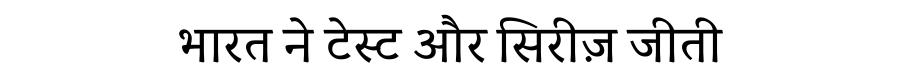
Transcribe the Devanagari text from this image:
भारत ने टेस्ट और सिरीज़ जीती